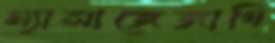
ম্যাসাজেজাগি